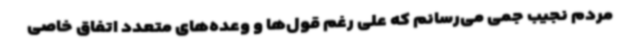
مردم نجیب جمی می‌رسانم که علی رغم قول‌ها و وعده‌های متعدد اتفاق خاصی